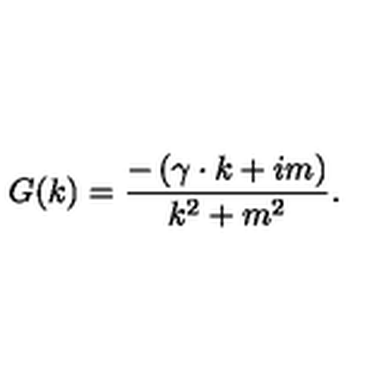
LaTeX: G ( k ) = \frac { - \left( \gamma \cdot k + i m \right) } { k ^ { 2 } + m ^ { 2 } } .